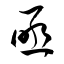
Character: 亟